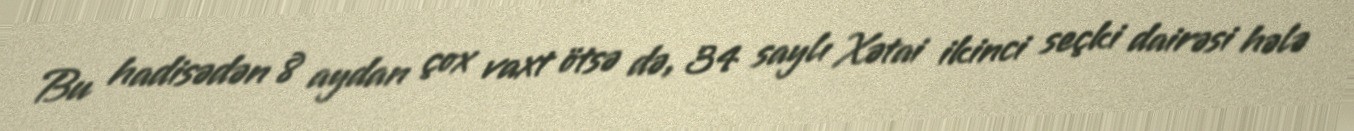
Bu hadisədən 8 aydan çox vaxt ötsə də, 34 saylı Xətai ikinci seçki dairəsi hələ